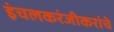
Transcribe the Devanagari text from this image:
इंचलकरंजीकरांचे